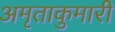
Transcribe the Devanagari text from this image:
अमृताकुमारी